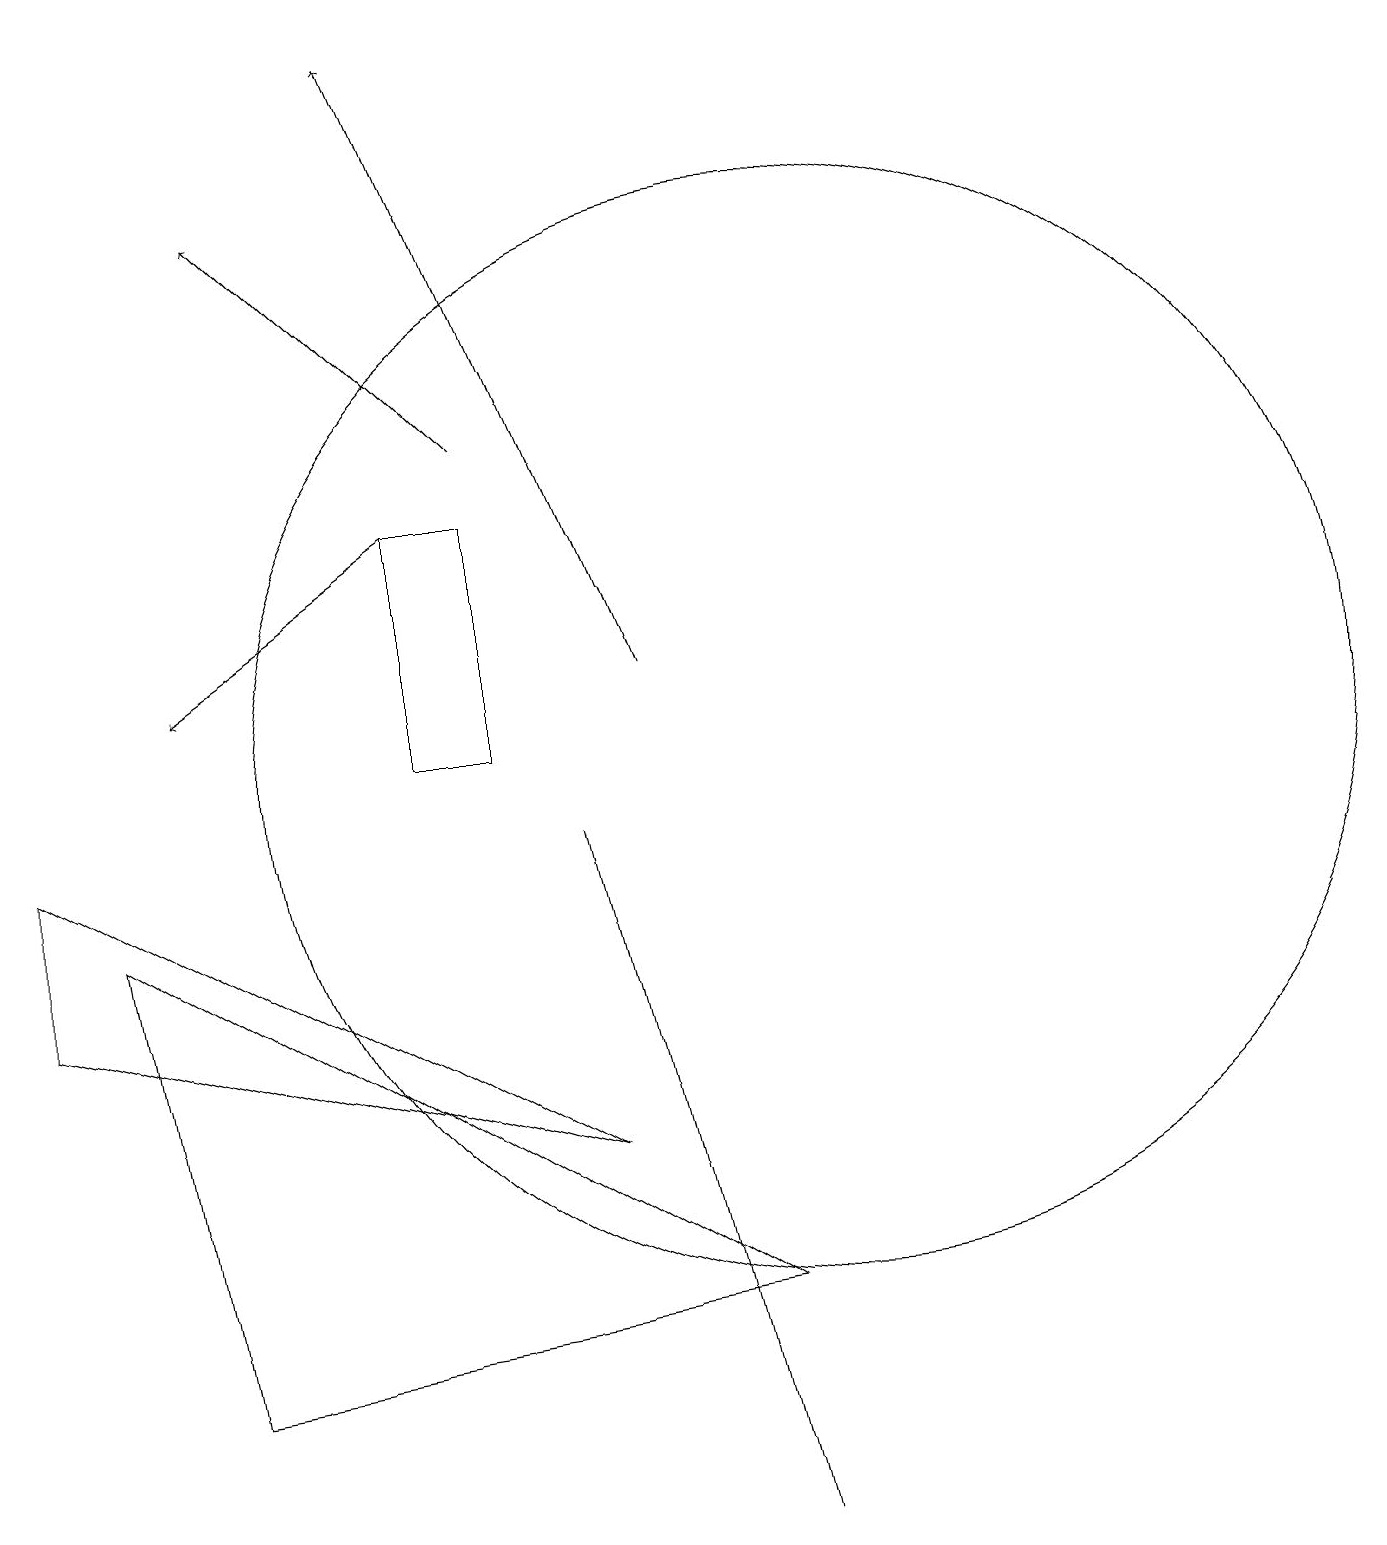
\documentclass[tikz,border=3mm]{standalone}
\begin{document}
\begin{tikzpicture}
\draw[->] (6,14) -- (3,17);
\draw[->] (8,11) -- (5,19);
\draw (7,5) -- (0,7) -- (0,9) -- cycle;
\draw (6,10) rectangle (5,13);
\draw (9,0) -- (7,9) -- (7,9) -- cycle;
\draw (10,10) circle (7);
\draw (1,8) -- (2,2) -- (9,3) -- cycle;
\draw[->] (5,13) -- (2,11);
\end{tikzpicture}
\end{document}